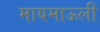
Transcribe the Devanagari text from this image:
मायमाऊली